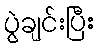
ပွဲချင်းပြီး